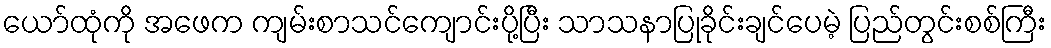
ယော်ထုံကို အဖေက ကျမ်းစာသင်ကျောင်းပို့ပြီး သာသနာပြုခိုင်းချင်ပေမဲ့ ပြည်တွင်းစစ်ကြီး